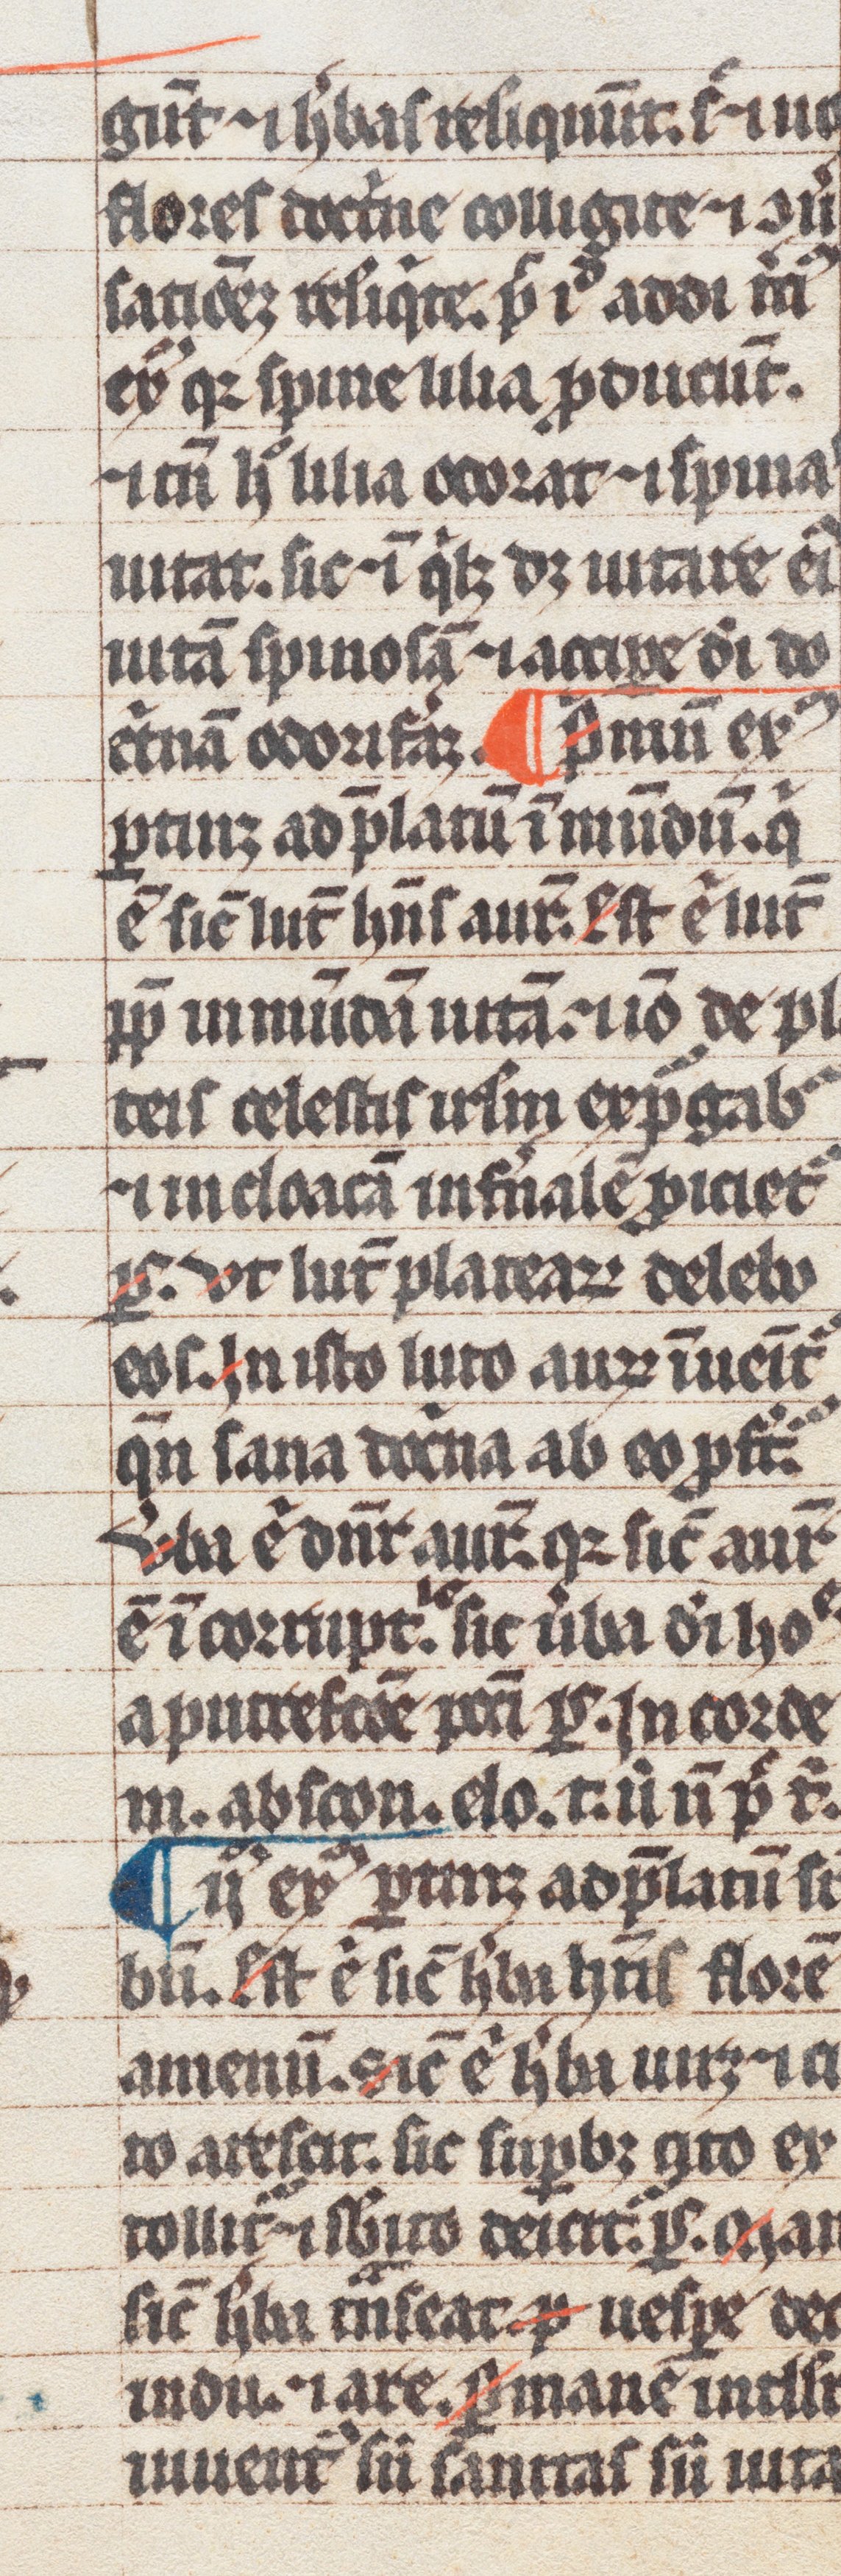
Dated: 1300–1399